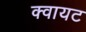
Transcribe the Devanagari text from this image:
क्वायट